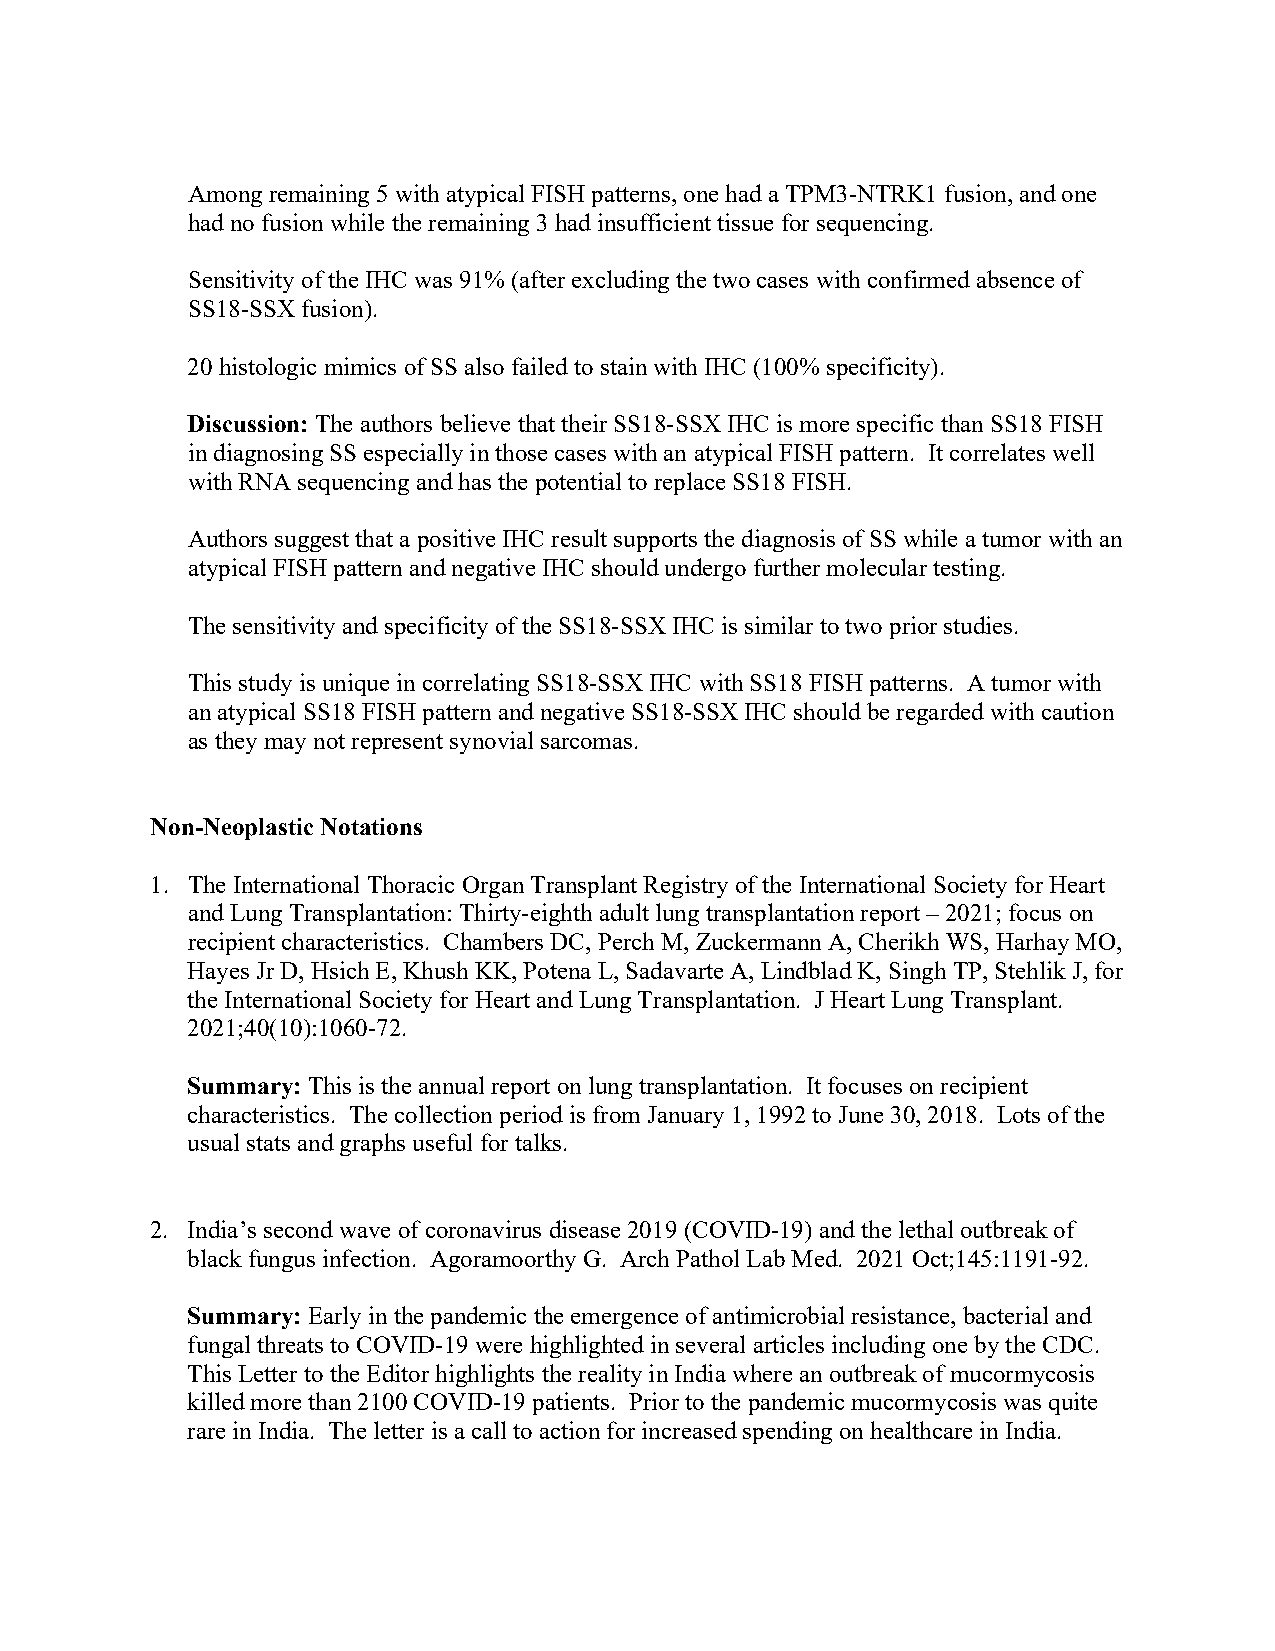
Among remaining 5 with atypical FISH patterns, one had a TPM3-NTRK1 fusion, and one
 had no fusion while the remaining 3 had insufficient tissue for sequencing.
 Sensitivity of the IHC was 91% (after excluding the two cases with confirmed absence of
 SS18-SSX fusion).
 20 histologic mimics of SS also failed to stain with IHC (100% specificity).
 Discussion: The authors believe that their SS18-SSX IHC is more specific than SS18 FISH
 in diagnosing SS especially in those cases with an atypical FISH pattern. It correlates well
 with RNA sequencing and has the potential to replace SS18 FISH.
 Authors suggest that a positive IHC result supports the diagnosis of SS while a tumor with an
 atypical FISH pattern and negative IHC should undergo further molecular testing.
 The sensitivity and specificity of the SS18-SSX IHC is similar to two prior studies.
 This study is unique in correlating SS18-SSX IHC with SS18 FISH patterns. A tumor with
 an atypical SS18 FISH pattern and negative SS18-SSX IHC should be regarded with caution
 as they may not represent synovial sarcomas.
 Non-Neoplastic Notations
 1. The International Thoracic Organ Transplant Registry of the International Society for Heart
 and Lung Transplantation: Thirty-eighth adult lung transplantation report – 2021; focus on
 recipient characteristics. Chambers DC, Perch M, Zuckermann A, Cherikh WS, Harhay MO,
 Hayes Jr D, Hsich E, Khush KK, Potena L, Sadavarte A, Lindblad K, Singh TP, Stehlik J, for
 the International Society for Heart and Lung Transplantation. J Heart Lung Transplant.
 2021;40(10):1060-72.
 Summary: This is the annual report on lung transplantation. It focuses on recipient
 characteristics. The collection period is from January 1, 1992 to June 30, 2018. Lots of the
 usual stats and graphs useful for talks.
 2. India’s second wave of coronavirus disease 2019 (COVID-19) and the lethal outbreak of
 black fungus infection. Agoramoorthy G. Arch Pathol Lab Med. 2021 Oct;145:1191-92.
 Summary: Early in the pandemic the emergence of antimicrobial resistance, bacterial and
 fungal threats to COVID-19 were highlighted in several articles including one by the CDC.
 This Letter to the Editor highlights the reality in India where an outbreak of mucormycosis
 killed more than 2100 COVID-19 patients. Prior to the pandemic mucormycosis was quite
 rare in India. The letter is a call to action for increased spending on healthcare in India.